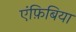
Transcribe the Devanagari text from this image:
एंफ़िबिया